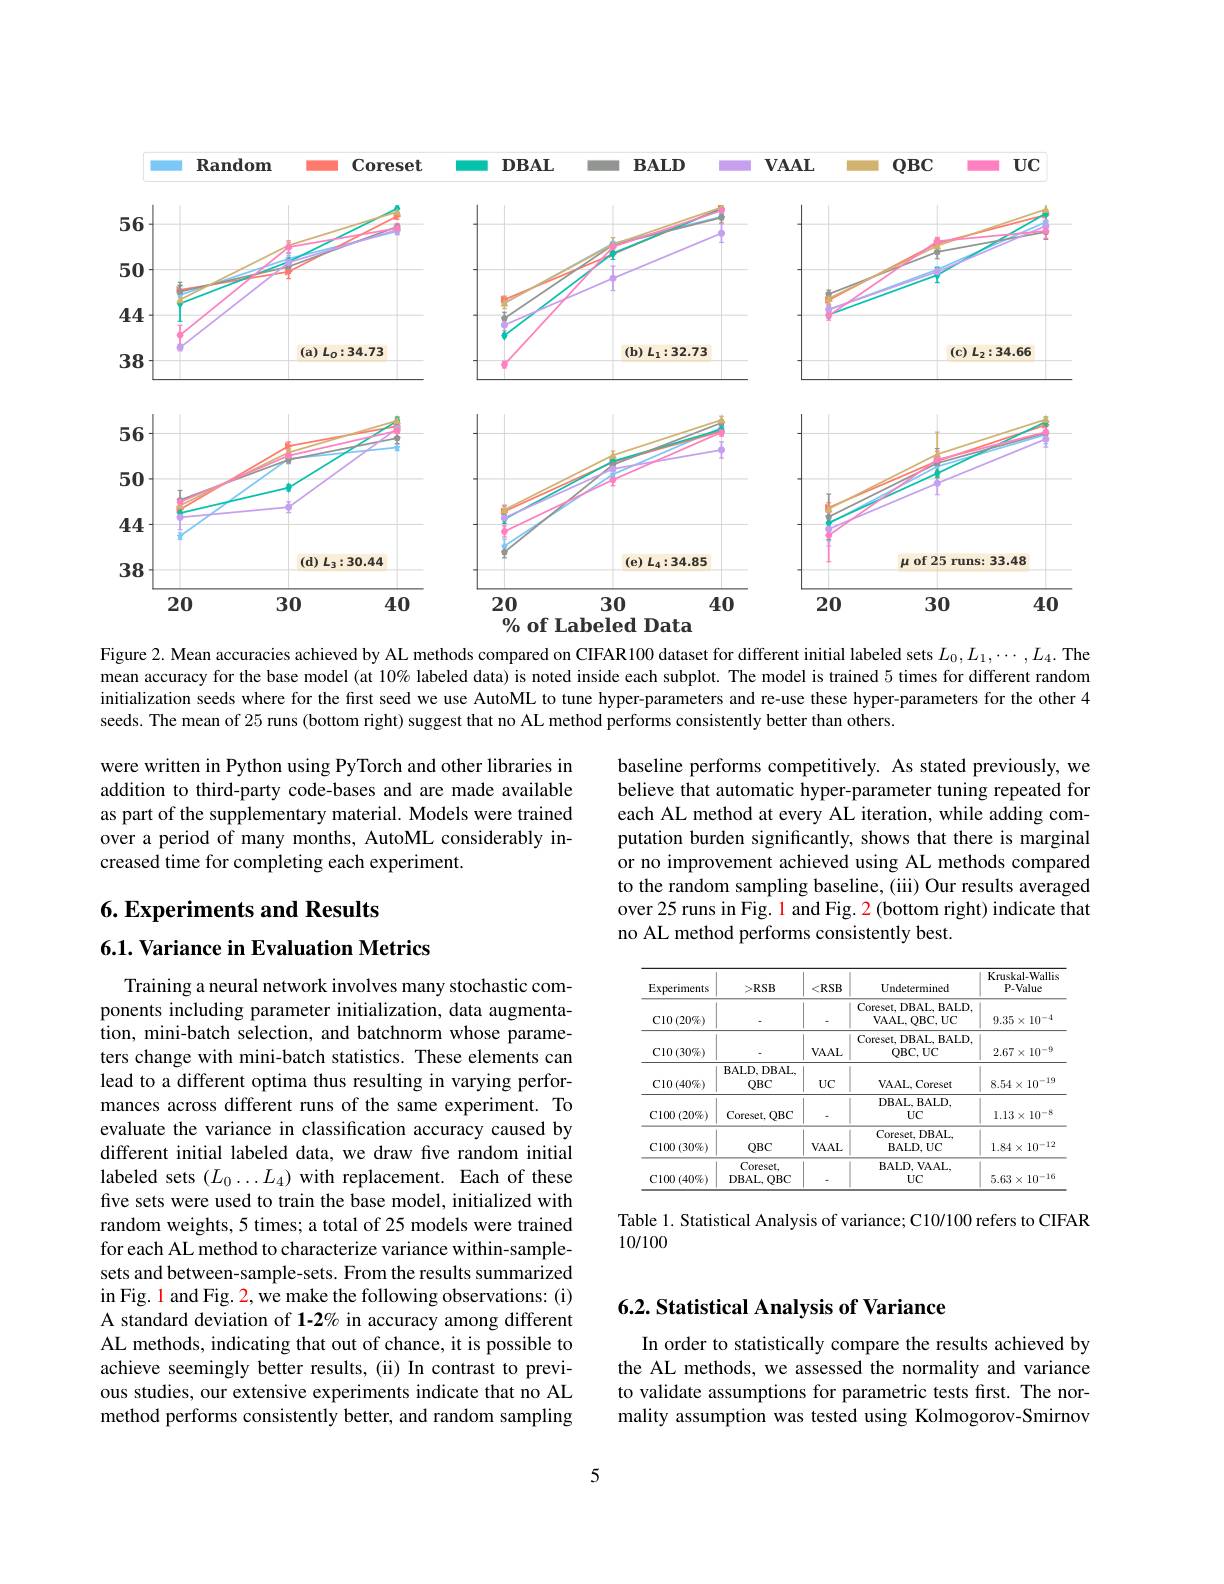
<FigureHere>

Figure 2. Mean accuracies achieved by AL methods compared on CIFAR100 dataset for different initial labeled sets $L_0,L_1,\cdots,L_4.$ The mean accuracy for the base model (at 10% labeled data) is noted inside each subplot. The model is trained 5 times for different random initialization seeds where for the first seed we use AutoML to tune hyper-parameters and re-use these hyper-parameters for the other 4 seeds. The mean of 25 runs (bottom right) suggest that no AL method performs consistently better than others.

were written in Python using PyTorch and other libraries in addition to third-party code-bases and are made available as part of the supplementary material. Models were trained over a period of many months, AutoML considerably increased time for completing each experiment.

baseline performs competitively. As stated previously, we believe that automatic hyper-parameter tuning repeated for each AL method at every AL iteration, while adding computation burden significantly, shows that there is marginal or no improvement achieved using AL methods compared to the random sampling baseline, (iii) Our results averaged over 25 runs in Fig. 1 and Fig. 2 (bottom right) indicate that no AL method performs consistently best.

6. Experiments and Results

6.1. Variance in Evaluation Metrics

<table>
	<tbody>
		<tr>
			<th>Experiments</th>
			<th>$>\mathbb{R}$SB</th>
			<th>$RSB$</th>
			<th>Undetermined</th>
			<th>Kruskal-Wallis P-Value</th>
		</tr>
		<tr>
			<td>$\operatorname{Cl0}\left(20\%\right)$</td>
			<td> </td>
			<td> </td>
			<td>Coreset, DBAL, BALD. VAAL, QBC, UC</td>
			<td>$9.35\times10^{-4}$</td>
		</tr>
		<tr>
			<td>${\mathrm{Cl0}}\left(30\%\right)$</td>
			<td> </td>
			<td>$VAAL$</td>
			<td>Coreset, DBAL, BALD. QBC, UC</td>
			<td>$2.67\times10^{-9}$</td>
		</tr>
		<tr>
			<td>${\mathrm{Cl0}}\left(40\%\right)$</td>
			<td>BALD, DBAL, $QBC$</td>
			<td>$UC$</td>
			<td>$\mathbf{VAAL,Coreset}$</td>
			<td>$8.54\times10^{-19}$</td>
		</tr>
		<tr>
			<td>${\mathrm{Cl00~(20\%)}}$</td>
			<td>Coreset, ,QBC</td>
			<td> </td>
			<td>$DBAL,BALD$, UC</td>
			<td>$1.13\times10^{-8}$</td>
		</tr>
		<tr>
			<td>${\mathrm{Cl00~(30\%)}}$</td>
			<td>$QBC$</td>
			<td>$VAAL$</td>
			<td>Coreset, DBAL $\mathbf{BALD,UC}$</td>
			<td>$1.84\times10^{-12}$</td>
		</tr>
		<tr>
			<td>${\mathrm{Cl00~(40\%)}}$</td>
			<td>Coreset, $DBAL$, $0BC$ </td>
			<td> </td>
			<td>BALD, VAAL. $UC$</td>
			<td>$5.63\times10^{-16}$</td>
		</tr>
	</tbody>
</table>

Training a neural network involves many stochastic components including parameter initialization, data augmentation, mini-batch selection, and batchnorm whose parameters change with mini-batch statistics. These elements can lead to a different optima thus resulting in varying performances across different runs of the same experiment. To evaluate the variance in classification accuracy caused by different initial labeled data, we draw five random initial labeled sets $(L_0\ldots L_4)$ with replacement. Each of these five sets were used to train the base model, initialized with random weights, 5 times; a total of 25 models were trained for each AL method to characterize variance within-samplesets and between-sample-sets. From the results summarized in Fig. 1 and Fig. 2, we make the following observations: (i) A standard deviation of 1-2% in accuracy among different AL methods, indicating that out of chance, it is possible to achieve seemingly better results, (ii) In contrast to previous studies, our extensive experiments indicate that no AL method performs consistently better, and random sampling

Table 1. Statistical Analysis of variance; C10/100 refers to CIFAR
10/100

## $6. 2. \textbf{ Statistical Analysis of Variance}$

In order to statistically compare the results achieved by the AL methods, we assessed the normality and variance to validate assumptions for parametric tests first. The normality assumption was tested using Kolmogorov-Smirnov

5